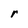
Character: r